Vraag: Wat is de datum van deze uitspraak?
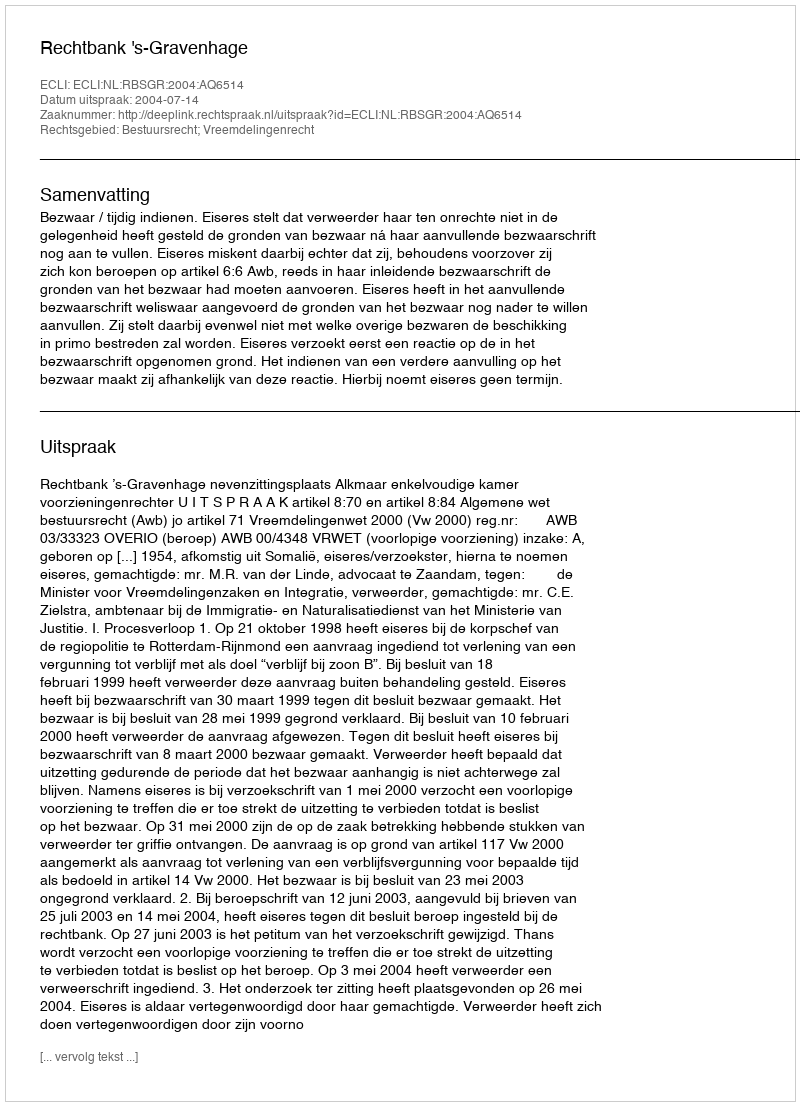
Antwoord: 2004-07-14